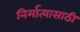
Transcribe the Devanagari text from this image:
निर्मात्यासाठी